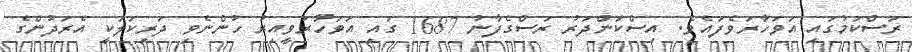
ރަސްކަމުގައި އަވަހާރަވެފައެވެ. އިސްކަންދަރު ރަސްގެފާނު 1687 ގައި އަވަހާރަވީއިރު ހުންނެވި ދަރިކަލަކީ އެރަދުންގެ